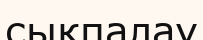
сықпалау